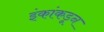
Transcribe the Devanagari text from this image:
इंकांकडून